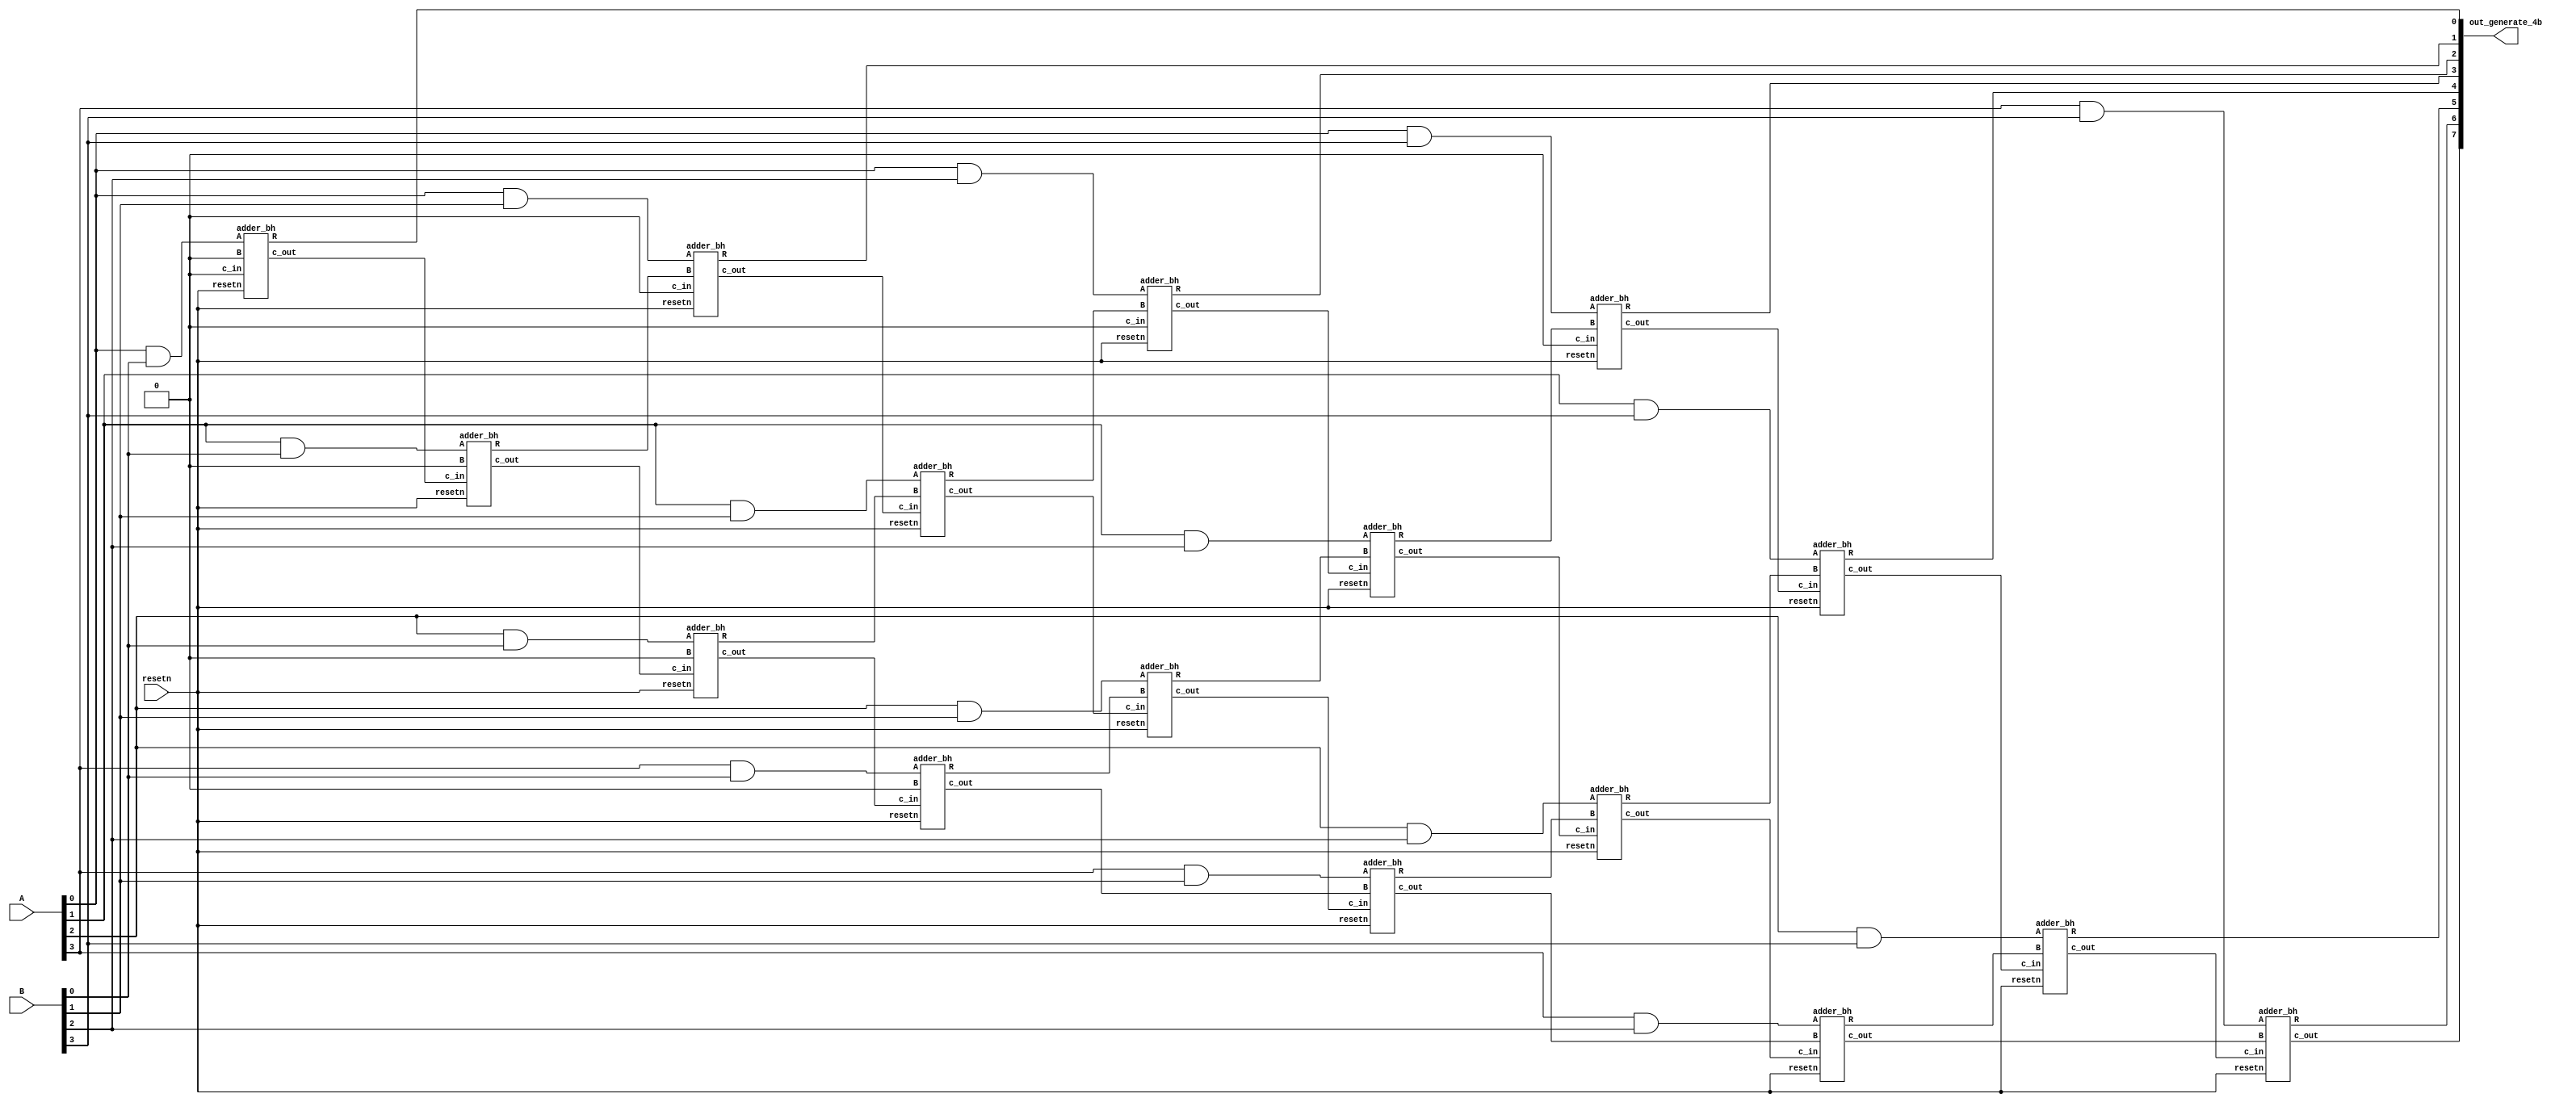
module array_multiplier_4b_generate (
    input resetn,
	input [3:0] A,  
	input [3:0] B,  
	output [7:0] out_generate_4b
);

wire [3:0] wA[3:0];  
wire [3:0] wB[3:0];  
wire [4:0] wCarry[3:0];
wire [3:0] wR[3:0];

genvar row, col; // Counters
    generate
    	for (row = 0; row < 4; row = row + 1) begin

    		assign wCarry[row][0] = 0; 
    		if (row != 3) begin
    			assign out_generate_4b[row] = wR[row][0];  
    		end

    		for (col = 0; col < 4; col = col+1) begin

    			adder_bh arr_adder_bh(
                    .A(wA[row][col]), 
                    .B(wB[row][col]), 
                    .resetn(resetn),
    			    .R(wR[row][col]), 
                    .c_in(wCarry[row][col]), 
                    .c_out(wCarry[row][col+1])
                );

    			assign wA[row][col] = (A[col] & B[row]);

    			if (row == 0) begin
    				assign wB[0][col] = 0;
    			end 
                
                else begin
    				if (col == 3) begin
    					assign wB[row][3] = wCarry[row-1][4];
    				end 
                    else begin
    					assign wB[row][col] = wR[row-1][col+1];
    				end
    			end

    			if (row == 3) begin
    				assign out_generate_4b[3+col] = wR[3][col];
    			end
    		end
    	end
    	assign out_generate_4b[7] = wCarry[3][4];
    
    endgenerate
endmodule


module adder_bh (
	input A,
	input B,
	input c_in,
	input resetn,
	output reg R,
	output reg c_out);
	
	always @(*) begin
	    if (resetn) begin
	        {c_out, R} <= A + B + c_in;
	    end 
        else begin
	        c_out <= 0;
	        R <= 0;
	    end
	end
endmodule